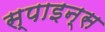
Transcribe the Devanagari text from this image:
स्पाइन्स